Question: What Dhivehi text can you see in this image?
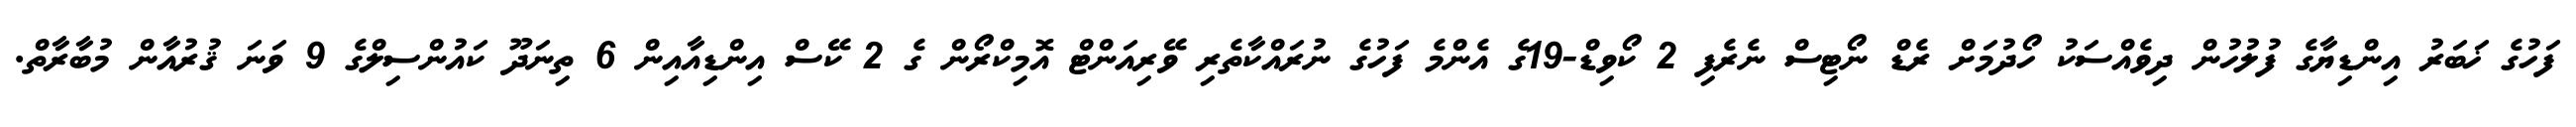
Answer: ފަހުގެ ޚަބަރު އިންޑިޔާގެ ފުލުހުން ދިވެއްސަކު ހޯދުމަށް ރެޑް ނޯޓިސް ނެރެފި 2 ކޯވިޑް-19ގެ އެންމެ ފަހުގެ ނުރައްކާތެރި ވޭރިއަންޓް އޮމިކްރޯން ގެ 2 ކޭސް އިންޑިއާއިން 6 ތިނަދޫ ކައުންސިލްގެ 9 ވަނަ ޤުރުއާން މުބާރާތް.